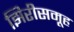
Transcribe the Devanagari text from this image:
झिरीसमूह